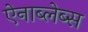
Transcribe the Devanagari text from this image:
ऐनाब्लेब्स